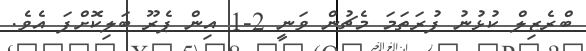
ބްރެޒިލް ކުޅުނު ފުރަތަމަ މެޗުން ވަނީ 2-1 އިން ޕެރޫ ބަލިކޮށްފަ އެވެ.